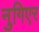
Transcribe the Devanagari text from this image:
नुगिएर